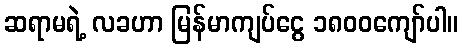
ဆရာမရဲ့ လခဟာ မြန်မာကျပ်ငွေ ၁၈၀၀ကျော်ပါ။